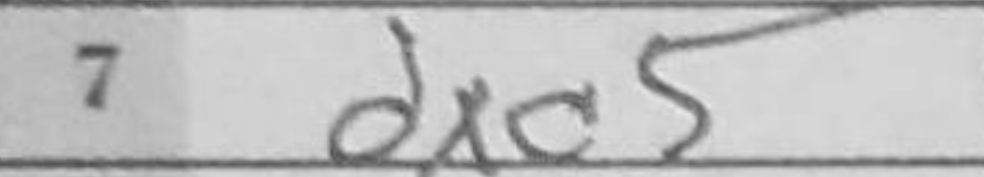
Transcription: dxc5